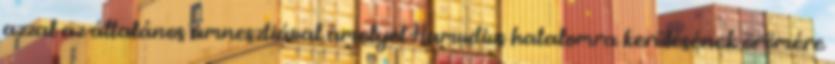
azzal az általános amnesztiával amelyet Hamudius hatalomra kerülésének örömére